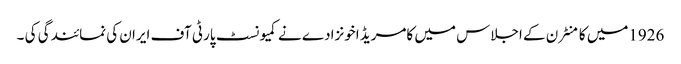
1926میں کامنٹرن کے اجلاس میں کامریڈ اخونزادے نے کمیونسٹ پارٹی آف ایران کی نمائندگی کی ۔